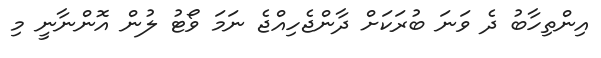
އިންތިހާބު ދެ ވަނަ ބުރަކަށް ދާންޖެހިއްޖެ ނަމަ ވޯޓު ލުން އޮންނާނީ މި